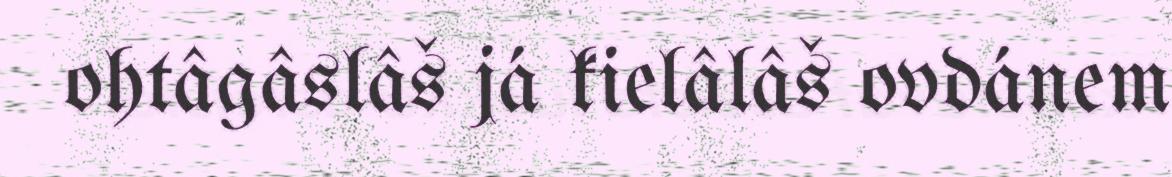
ohtâgâslâš já kielâlâš ovdánem